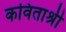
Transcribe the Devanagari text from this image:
कविताश्री